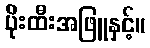
ပိုးထီးအဖြူနှင့်။